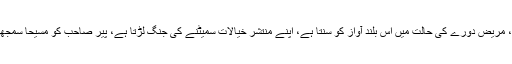
مریض کا شعور جگاتے ہیں، مریض دورے کی حالت میں اس بلند آواز کو سنتا ہے، اپنے منتشر خیالات سمیٹنے کی جنگ لڑتا ہے، پیر صاحب کو مسیحا سمجھتا ہے اور ٹھیک ہو جاتا ہے۔